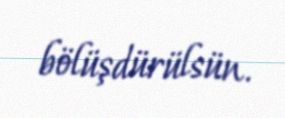
bölüşdürülsün.